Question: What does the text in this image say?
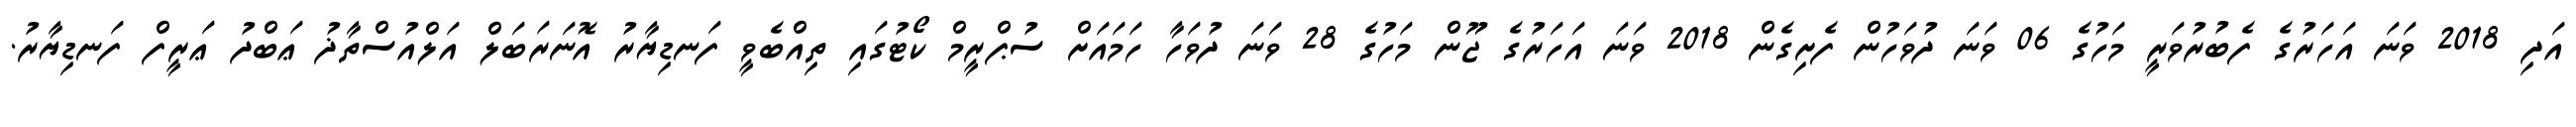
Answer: އަދި 2018 ވަނަ އަހަރުގެ ފެބުރުވަރީ މަހުގެ 06 ވަނަ ދުވަހުން ފެށިގެން 2018 ވަނަ އަހަރުގެ ޖޫން މަހުގެ 28 ވަނަ ދުވަހާ ހަމައަށް ސުޕްރީމް ކޯޓުގައި ތިއްބެވީ ފަނޑިޔާރު އޮނަރަބަލް އަލްއުސްތާޛު ޢަބްދު ޢަރީފް ފަނޑިޔާރު.